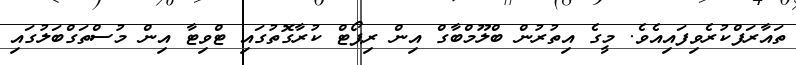
ތައާރަފްކުރެވިފައިއެވެ. މީގެ އިތުރުން ބްލޫމްބާގް އިން ރިޕޯޓް ކުރާގޮތުގައި ޓްވިޓާ އިން މުސްތަގްބަލުގައި